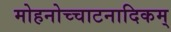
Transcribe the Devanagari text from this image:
मोहनोच्चाटनादिकम्